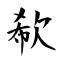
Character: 欷